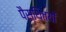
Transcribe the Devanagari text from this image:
पैस्थितयों